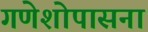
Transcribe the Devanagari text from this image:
गणेशोपासना